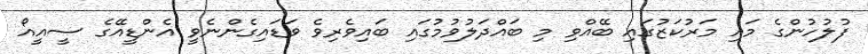
ފުލުހުންގެ މައި މަރުކަޒުގައި ބޭއްވި މި ބައްދަލުވުމުގައި ބައިވެރިވެ ވަޑައިގެންނެވީ އެންޑީއޭގެ ސީއީއޯ